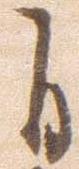
自